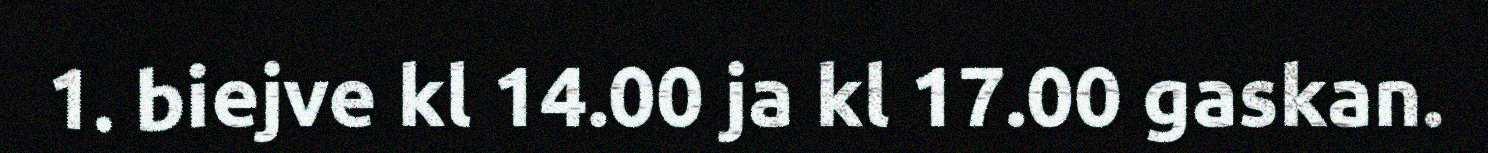
1. biejve kl 14.00 ja kl 17.00 gaskan.